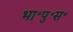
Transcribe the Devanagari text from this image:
भा॰पु॰स॰